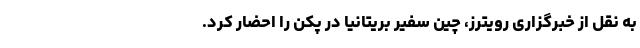
به نقل از خبرگزاری رویترز، چین سفیر بریتانیا در پکن را احضار کرد.